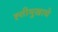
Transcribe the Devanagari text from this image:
ह्त्तीमुखाचे